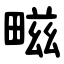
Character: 㽧